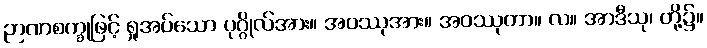
ဉာဏစက္ခုဖြင့် ရှုအပ်သော ပုဂ္ဂိုလ်အား။ အဝဿုအား။ အဝဿုတာ။ လ။ အာဒီသု၊ တို့၌။